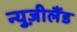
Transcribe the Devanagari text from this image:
न्युज़ीलैंड